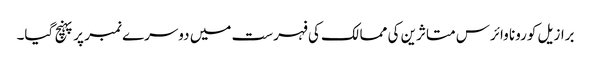
برازیل کورونا وائرس متاثرین کی ممالک کی فہرست میں دوسرے نمبر پر پہنچ گیا۔